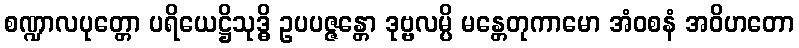
စဏ္ဍာလပုတ္တော ပရိယေဋ္ဌိသုဒ္ဓိ ဥပပဇ္ဇန္တော ဒုဗ္ဗလမ္ပိ မန္တေတုကာမော အံဝစနံ အဝိဟတော